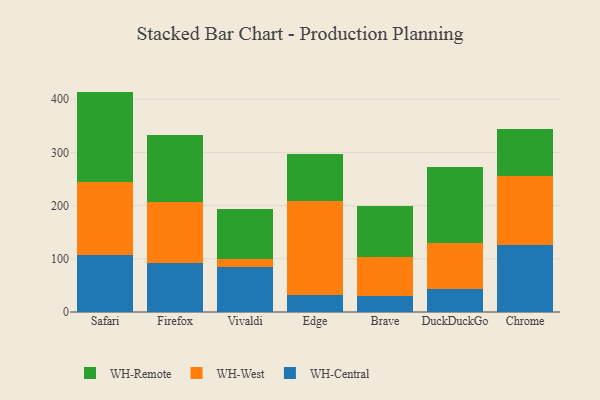
{"axis": {"x": "Browser", "y": "Shipments"}, "legend": ["WH-Central", "WH-Remote", "WH-West"], "data": [{"x": "Safari", "y": 108.1, "type": "WH-Central"}, {"x": "Safari", "y": 135.4, "type": "WH-West"}, {"x": "Safari", "y": 170.9, "type": "WH-Remote"}, {"x": "Firefox", "y": 92.4, "type": "WH-Central"}, {"x": "Firefox", "y": 114.6, "type": "WH-West"}, {"x": "Firefox", "y": 126.3, "type": "WH-Remote"}, {"x": "Vivaldi", "y": 85.1, "type": "WH-Central"}, {"x": "Vivaldi", "y": 13.8, "type": "WH-West"}, {"x": "Vivaldi", "y": 95.3, "type": "WH-Remote"}, {"x": "Edge", "y": 31.3, "type": "WH-Central"}, {"x": "Edge", "y": 177.4, "type": "WH-West"}, {"x": "Edge", "y": 87.8, "type": "WH-Remote"}, {"x": "Brave", "y": 29.3, "type": "WH-Central"}, {"x": "Brave", "y": 75.0, "type": "WH-West"}, {"x": "Brave", "y": 94.2, "type": "WH-Remote"}, {"x": "DuckDuckGo", "y": 43.9, "type": "WH-Central"}, {"x": "DuckDuckGo", "y": 85.5, "type": "WH-West"}, {"x": "DuckDuckGo", "y": 142.4, "type": "WH-Remote"}, {"x": "Chrome", "y": 125.2, "type": "WH-Central"}, {"x": "Chrome", "y": 131.1, "type": "WH-West"}, {"x": "Chrome", "y": 87.0, "type": "WH-Remote"}]}